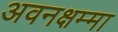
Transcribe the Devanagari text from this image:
अवनक्षम्मा